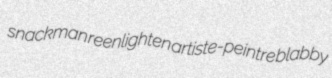
snackman reenlighten artiste-peintre blabby